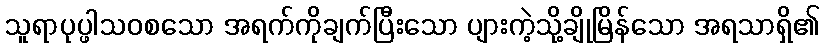
သူရာပုပ္ဖါသဝစသော အရက်ကိုချက်ပြီးသော ပျားကဲ့သို့ချိုမြိန်သော အရသာရှိ၏